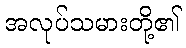
အလုပ်သမားတို့၏